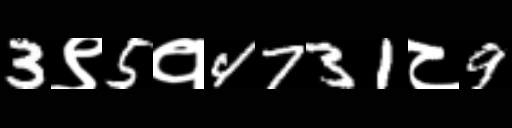
Text: 3९5१4731८9